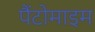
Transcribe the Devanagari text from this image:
पैंटोमाइम